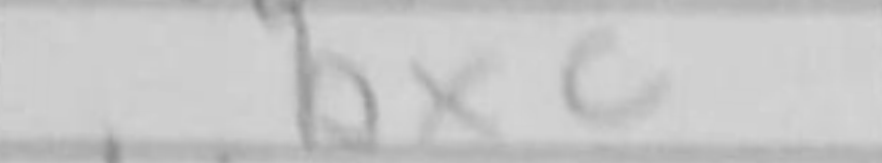
Transcription: bxc